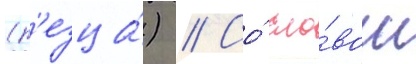
(р'езца́) // Со́ сло́вом